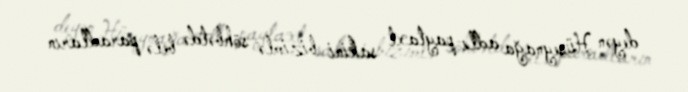
deyən Hüseynağa adlı paytaxt sakini bizimlə söhbətdə belə paradların